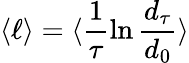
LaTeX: \langle\ell\rangle=\langle\frac{1}{\tau}\ln\frac{d_{\tau}}{d_{0}}\rangle